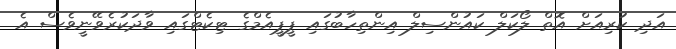
އަދި ކުރިއަށް އޮތް ލޯކަލް ކައުންސިލް އިންތިހާބުގައި ޕީޕީއެމްގެ ޓިކެޓްގައި ވާދަކުރެވޭނީވެސް އެ